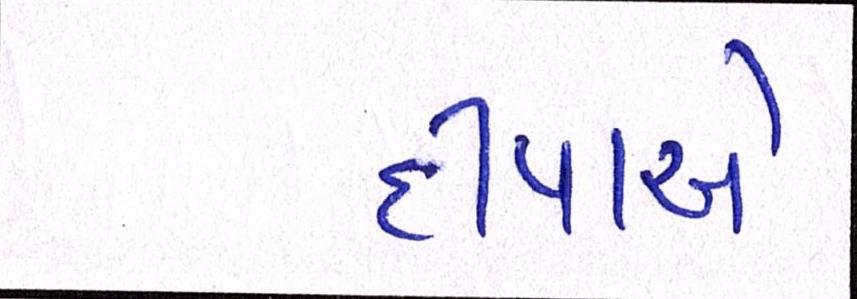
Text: દીપાએ